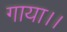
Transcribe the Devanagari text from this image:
गाया।।